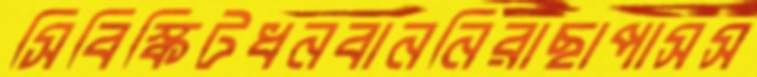
সিবিস্কিটধনবাননিরাছাপাসস